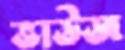
ভাউজ